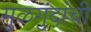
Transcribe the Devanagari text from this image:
मुळगुंदांची